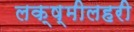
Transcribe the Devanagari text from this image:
लक्ष्मीलहरी